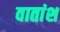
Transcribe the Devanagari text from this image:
वातांश